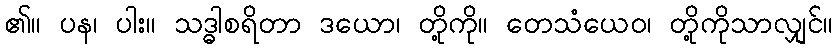
၏။ ပန၊ ပါး။ သဒ္ဓါစရိတာ ဒယော၊ တို့ကို။ တေသံယေဝ၊ တို့ကိုသာလျှင်။